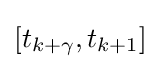
[t_{k+\gamma },t_{k+1}]